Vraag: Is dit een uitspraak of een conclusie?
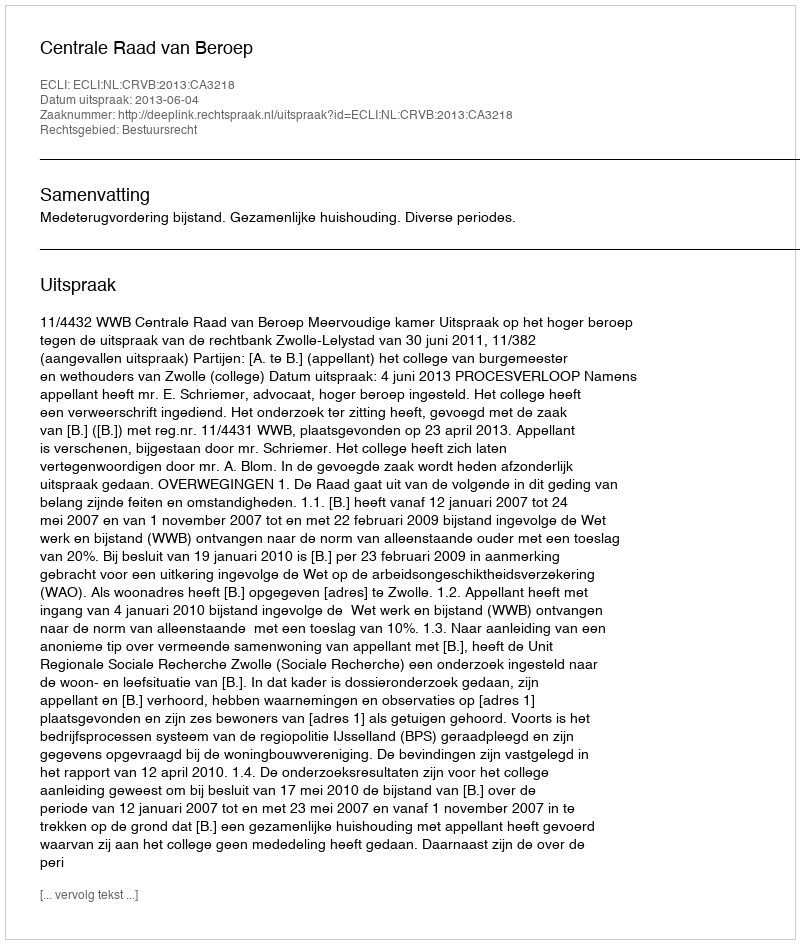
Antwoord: Uitspraak